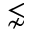
\lnsim